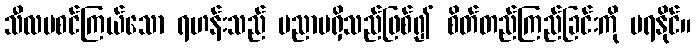
သီလမစင်ကြယ်သော ရဟန်းသည် ပညာမရှိသည်ဖြစ်၍ စိတ်တည်ကြည်ခြင်းကို မရနိုင်။